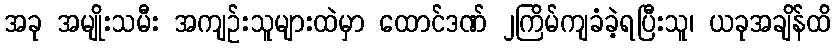
အခု အမျိုးသမီး အကျဉ်းသူများထဲမှာ ထောင်ဒဏ် ၂ကြိမ်ကျခံခဲ့ရပြီးသူ၊ ယခုအချိန်ထိ